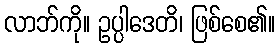
လာဘ်ကို။ ဥပ္ပါဒေတိ၊ ဖြစ်စေ၏။